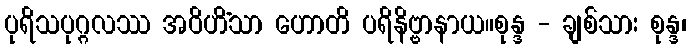
ပုရိသပုဂ္ဂလဿ အဝိဟိံသာ ဟောတိ ပရိနိဗ္ဗာနာယ။စုန္ဒ - ချစ်သား စုန္ဒ၊